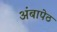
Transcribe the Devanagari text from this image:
अंबापेठ